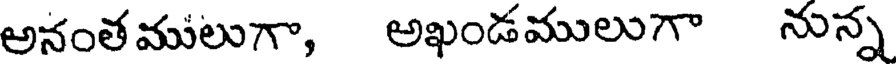
అనంతములుగా, అఖండములుగా నున్న